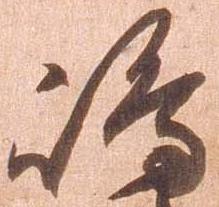
島